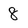
Character: 8